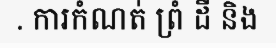
. ការកំណត់ ព្រំ ដី និង